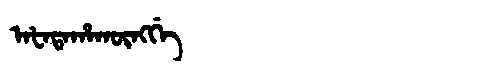
Manchu: ᠠᡶᠠᡨᠠᡥᠠᡴᡡᠩᡤᡝ
Romanization: AFATAHAKŪNGGE